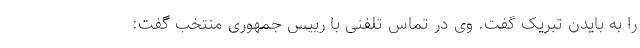
را به بایدن تبریک گفت. وی در تماس تلفنی با رییس جمهوری منتخب گفت: